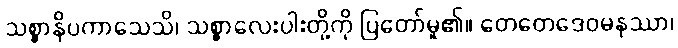
သစ္စာနိပကာသေသိ၊ သစ္စာလေးပါးတို့ကို ပြတော်မူ၏။ တေတေဒေဝမနုဿာ၊